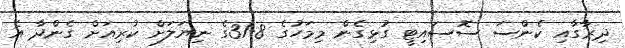
ދިރާގާއި ކެންސަ ސޮސައިޓީ ގުޅިގެން މިމަހުގެ 8-31ގެ ނިޔަލަށް ކުރިއަށް ގެންދާ އެ